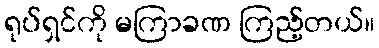
ရုပ်ရှင်ကို မကြာခဏ ကြည့်တယ်။